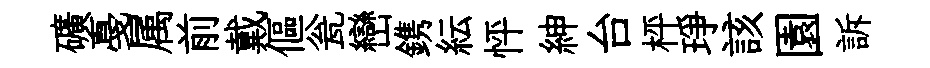
礦戞属前戴傴瓮巒鎸紜怦紳台枰琤該園訴